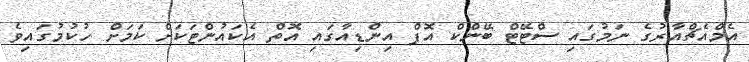
އެމްއެޗްއާރުގެ ނަމުގައި ސްޓޭޓް ބޭންކް އޮފް އިންޑިއާގައި އޮތް އެކައުންޓަކަށް ކަމަށް ހުކުމުގައިވެ